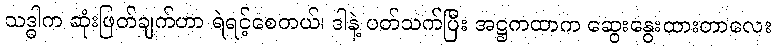
သဒ္ဓါက ဆုံးဖြတ်ချက်ဟာ ရဲရင့်စေတယ်၊ ဒါနဲ့ ပတ်သက်ပြီး အဋ္ဌကထာက ဆွေးနွေးထားတာလေး